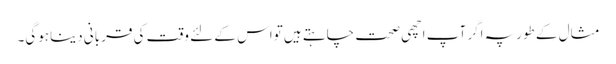
مثال کے طورپہ اگر آپ اچھی صحت چاہتے ہیں تواس کے لئے وقت کی قربانی دیناہوگی۔